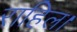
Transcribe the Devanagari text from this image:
राहिल।